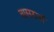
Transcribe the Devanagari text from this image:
बासठवां